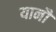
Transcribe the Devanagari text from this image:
यानौं